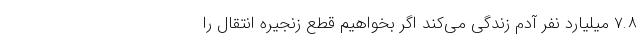
۷.۸ میلیارد نفر آدم زندگی می‌کند اگر بخواهیم قطع زنجیره انتقال را